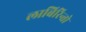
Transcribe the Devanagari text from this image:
लाबिरिन्तो